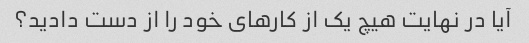
آیا در نهایت هیچ یک از کارهای خود را از دست دادید؟